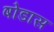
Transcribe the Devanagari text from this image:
षोडास